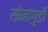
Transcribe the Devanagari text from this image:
सोमांगुडी